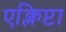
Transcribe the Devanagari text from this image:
एक्लिप्टा